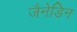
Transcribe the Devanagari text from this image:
जैनेडिन